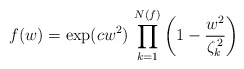
\begin{align*}f(w)=\exp(cw^{2})\,\prod_{k=1}^{N(f)}\left(1-\frac{w^{2}}{\zeta_{k}^{\,2}}\right)\end{align*}